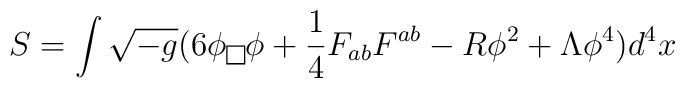
S=\int \sqrt{-g}(6\phi \fbox{} \phi +\frac{1}{4}F_{ab}F^{ab}-R\phi^{2}+\Lambda \phi ^{4})d^{4}x